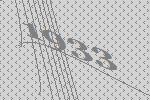
1933